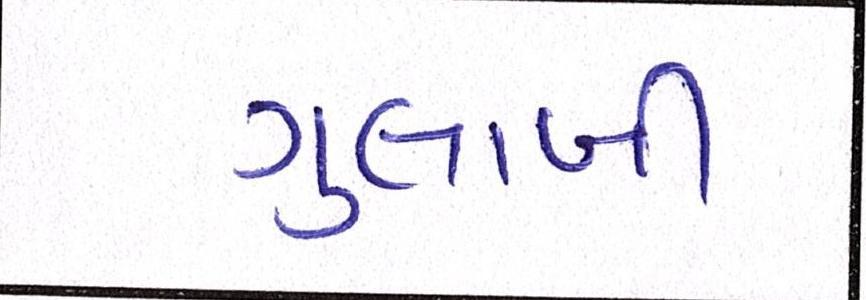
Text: ગુલાબી